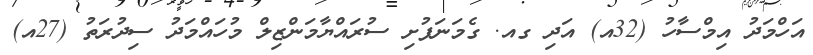
އަހްމަދު އިމްސާހު (32އ) އަދި ގއ. ގެމަނަފުށި ސުރައްޔާމަންޒިލް މުހައްމަދު ސިދުރަތު (27އ)